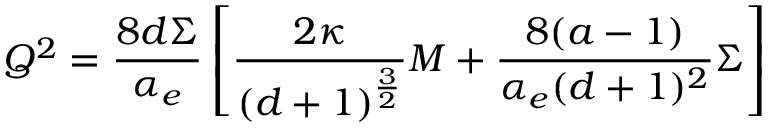
Q ^ { 2 } = { \frac { 8 d \Sigma } { \alpha _ { e } } } \left[ { \frac { 2 \kappa } { ( d + 1 ) ^ { \frac { 3 } { 2 } } } } M + { \frac { 8 ( a - 1 ) } { \alpha _ { e } ( d + 1 ) ^ { 2 } } } \Sigma \right]